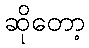
ဆိုတော့